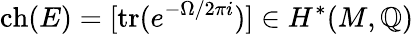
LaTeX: \operatorname{ch}(E)=[\operatorname{tr}(e^{-\Omega/2\pi i})]\in H^{*}(M,\mathbb{Q})